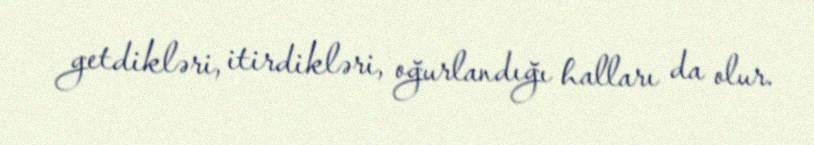
getdikləri, itirdikləri, oğurlandığı halları da olur.